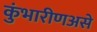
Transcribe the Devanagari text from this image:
कुंभारीणअसे